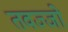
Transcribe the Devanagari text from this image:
तवज्‍जो